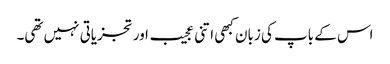
اس کے باپ کی زبان کبھی اتنی عجیب اور تجزیاتی نہیں تھی۔